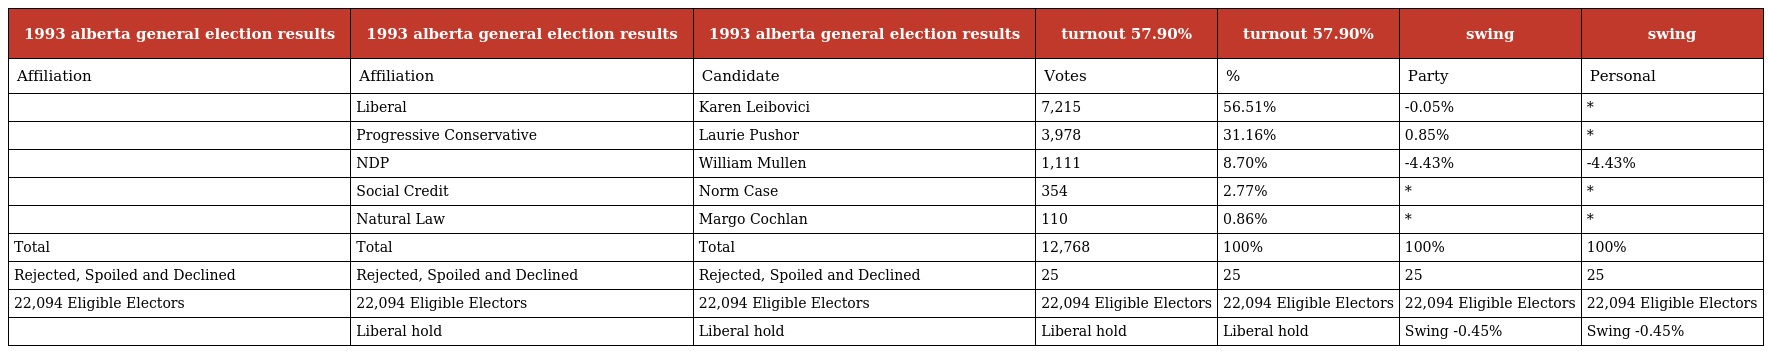
| 1993 alberta general election results | 1993 alberta general election results | 1993 alberta general election results | turnout 57.90% | turnout 57.90% | swing | swing |
 | --- | --- | --- | --- | --- | --- | --- |
 | Affiliation | Affiliation | Candidate | Votes | % | Party | Personal |
 |  | Liberal | Karen Leibovici | 7,215 | 56.51% | -0.05% | * |
 |  | Progressive Conservative | Laurie Pushor | 3,978 | 31.16% | 0.85% | * |
 |  | NDP | William Mullen | 1,111 | 8.70% | -4.43% | -4.43% |
 |  | Social Credit | Norm Case | 354 | 2.77% | * | * |
 |  | Natural Law | Margo Cochlan | 110 | 0.86% | * | * |
 | Total | Total | Total | 12,768 | 100% | 100% | 100% |
 | Rejected, Spoiled and Declined | Rejected, Spoiled and Declined | Rejected, Spoiled and Declined | 25 | 25 | 25 | 25 |
 | 22,094 Eligible Electors | 22,094 Eligible Electors | 22,094 Eligible Electors | 22,094 Eligible Electors | 22,094 Eligible Electors | 22,094 Eligible Electors | 22,094 Eligible Electors |
 |  | Liberal hold | Liberal hold | Liberal hold | Liberal hold | Swing -0.45% | Swing -0.45% |